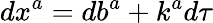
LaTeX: dx^{a}=db^{a}+k^{a}d\tau